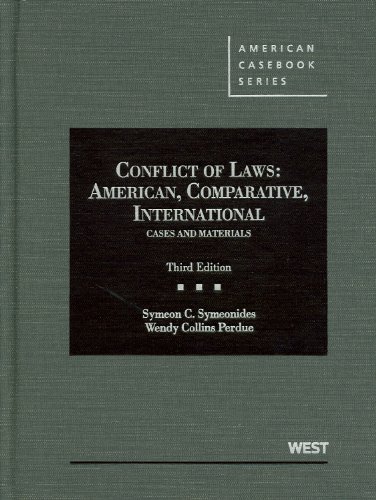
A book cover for Conflict of Laws: American, Comparative, International Cases and Materials, 3d (American Casebook Series); Symeon Symeonides; Law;